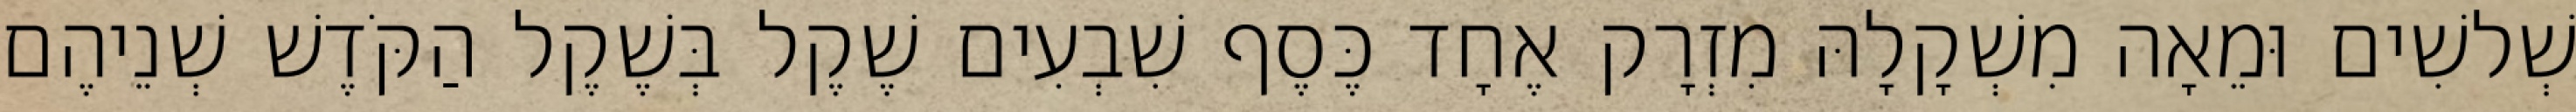
שְׁלשִׁים וּמֵאָה מִשְׁקָלָהּ מִזְרָק אֶחָד כֶּסֶף שִׁבְעִים שֶׁקֶל בְּשֶׁקֶל הַקֹּדֶשׁ שְׁנֵיהֶם